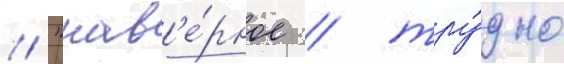
// "нав'е́рное / тру́дно